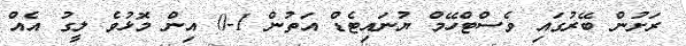
ރަށުން ބޭރުގައި ވެސްޓްހޭމް ޔުނައިޓެޑް އަތުން 1-0 އިން މޮޅުވެ ލީގު އެއް